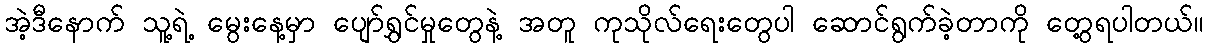
အဲ့ဒီနောက် သူ့ရဲ့ မွေးနေ့မှာ ပျော်ရွှင်မှုတွေနဲ့ အတူ ကုသိုလ်ရေးတွေပါ ဆောင်ရွက်ခဲ့တာကို တွေ့ရပါတယ်။